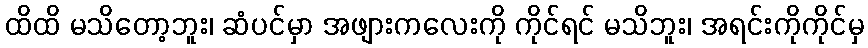
ထိထိ မသိတော့ဘူး၊ ဆံပင်မှာ အဖျားကလေးကို ကိုင်ရင် မသိဘူး၊ အရင်းကိုကိုင်မှ